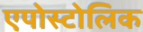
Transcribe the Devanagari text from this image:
एपोस्टोलिक